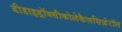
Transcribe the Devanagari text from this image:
डीहाइड्रॉक्सीकोलेकैलसिफ़ेरॉल